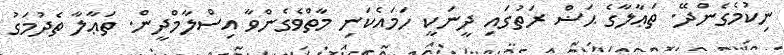
ނިކުމެގެންދޭ. ތަޢާލާގެ ޙަޟް ރަތުގައި ދީނަކީ ހަމައެކަނި މާތްވެގެންވާ އިސްލާމްދީން. ތަޢާލާ ތެދުމަގު